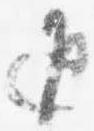
返